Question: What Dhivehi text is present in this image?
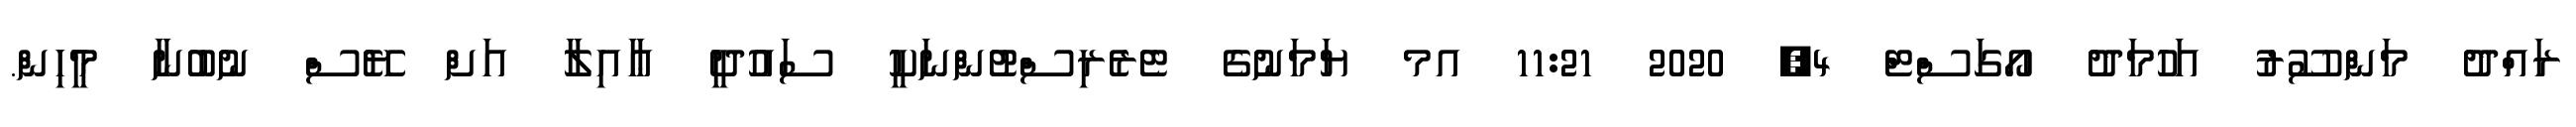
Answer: ރައްދު މަންސޫރު އަހުމަދު އޯގަސްޓް 4, 2020 11:21 އމ ޔަމަނުގެ ޓެރެރިސްޓުންނަކީ ސައުދީ ޢާއިލާ އަށް ޔޭސް ނުބުނާ މީހިން.